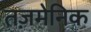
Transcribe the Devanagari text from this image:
तज़मेनिक